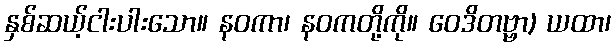
နှစ်ဆယ့်ငါးပါးသော။ နဝကာ၊ နဝကတို့ကို။ ဝေဒိတဗ္ဗာ) ယထာ၊